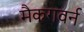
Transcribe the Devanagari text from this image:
मैकगवर्न